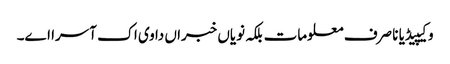
وکیپیڈیا نا صرف معلومات بلکہ نویاں خبراں دا وی اک آسرا اے۔